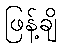
ဖြန့်ချိ